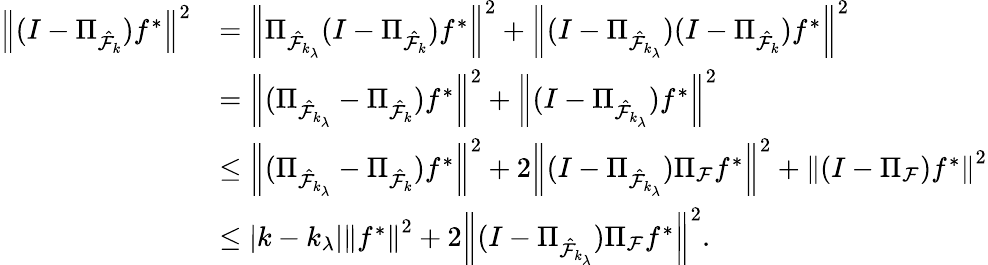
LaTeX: \begin{array}{rl}{\left\| (I-\Pi_{\hat{\cal F}_{k}})f^{*}\right\| ^{2}}&{=\left\| \Pi_{\hat{\cal F}_{k_{\lambda}}}(I-\Pi_{\hat{\cal F}_{k}})f^{*}\right\| ^{2}+\left\| (I-\Pi_{\hat{\cal F}_{k_{\lambda}}})(I-\Pi_{\hat{\cal F}_{k}})f^{*}\right\| ^{2}}\\ &{=\left\| (\Pi_{\hat{\cal F}_{k_{\lambda}}}-\Pi_{\hat{\cal F}_{k}})f^{*}\right\| ^{2}+\left\| (I-\Pi_{\hat{\cal F}_{k_{\lambda}}})f^{*}\right\| ^{2}}\\ &{\leq\left\| (\Pi_{\hat{\cal F}_{k_{\lambda}}}-\Pi_{\hat{\cal F}_{k}})f^{*}\right\| ^{2}+2\left\| (I-\Pi_{\hat{\cal F}_{k_{\lambda}}})\Pi_{\cal F}f^{*}\right\| ^{2}+\left\| (I-\Pi_{\cal F})f^{*}\right\| ^{2}}\\ &{\leq\left|k-k_{\lambda}\right|\left\| f^{*}\right\| ^{2}+2\left\| (I-\Pi_{\hat{\cal F}_{k_{\lambda}}})\Pi_{\cal F}f^{*}\right\| ^{2}.}\end{array}